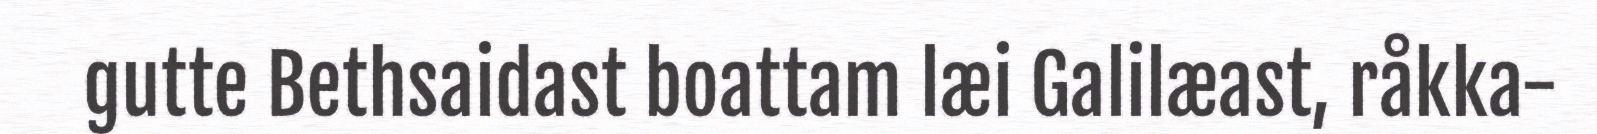
gutte Bethsaidast boattam læi Galilæast, råkka-